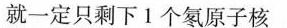
就一定只剩下1个氡原子核